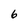
Character: 6